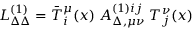
{ \cal L } _ { \Delta \Delta } ^ { ( 1 ) } = \bar { T } _ { i } ^ { \mu } ( x ) \; { \cal A } _ { \Delta , \mu \nu } ^ { { ( 1 ) } i j } \; T _ { j } ^ { \nu } ( x )